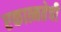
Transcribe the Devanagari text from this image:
एकात्मतेची